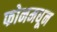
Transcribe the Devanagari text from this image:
फोनमधून